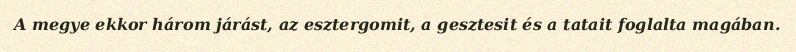
A megye ekkor három járást, az esztergomit, a gesztesit és a tatait foglalta magában.